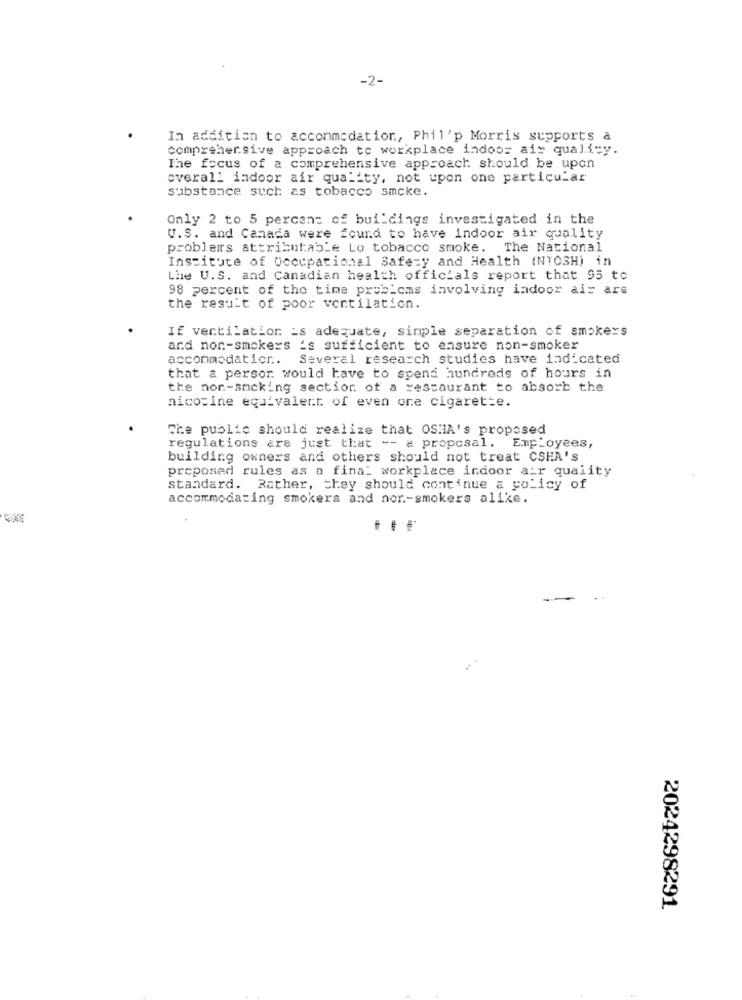
-2-
In addition to accommodation, Phil'p Morris supports a
comprehensive approach to workplace indoor air quality.
The focus of a comprehensive approach should be upon
overall indoor air quality, not upon one particular
substance such as tobacco smcke.
Only 2 to 5 percent of buildings investigated in the
U.S. and Canada were found to have indoor air quality
problems attributable Lo tobacco smoke. The National
Institute of Occupational Safety and Health (NYOSH) in
Lhe U.S. and Canadian health officials report that 95 to
98 percent of the time problems involving indoor air are
the result of poor ventilation.
If ventilation is adequate, simple separation of smokers
and non-smokers 's sufficient to ensure non-smoker
accommodaticr .. Several research studies have indicated
that a persor would have to spend hundreds of hours in
the non-smoking section of a restaurant to absorb the
nicotine equivalent of even ore cigarette.
The public should realize that OSHA's proposed
regulations are just that -- a proposal. Employees,
building owners and others should not treat CSHA's
proposed rules as a final workplace indoor air quality
standard. Rather, they should continue a policy of
accommodating smokers and nor .- smokers alike.
2024298291